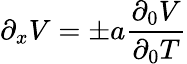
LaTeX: \partial_{x}V=\pm a{\frac{\partial_{0}V}{\partial_{0}T}}